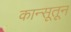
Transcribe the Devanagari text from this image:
कान्सूतून